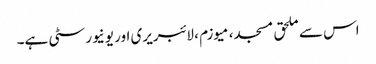
اس سے ملحق مسجد، میوزم ، لائبریری اور یونیورسٹی ہے۔